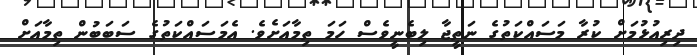
ދިރިއުޅުމަށް ކުރާ މަސައްކަތުގެ ނަތީޖާ ލިބެނީވެސް ހަމަ ތިމާއަށެވެ. އެމަސައްކަތުގެ ސަބަބުން ތިމާއަށް